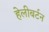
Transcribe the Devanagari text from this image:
हेलीबर्टन